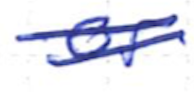
Text: or
Cross-out: double-line
Writing tool: ballpoint